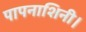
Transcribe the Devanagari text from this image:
पापनाशिनी।